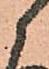
候